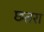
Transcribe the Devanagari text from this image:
छतरा